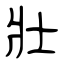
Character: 壯